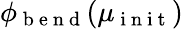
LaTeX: \phi_{\mathrm{~b~e~n~d~}}(\mu_{\mathrm{~i~n~i~t~}})